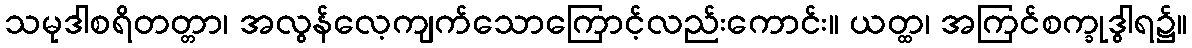
သမုဒါစရိတတ္တာ၊ အလွန်လေ့ကျက်သောကြောင့်လည်းကောင်း။ ယတ္ထ၊ အကြင်စက္ခုဒွါရ၌။